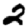
Digit: 2